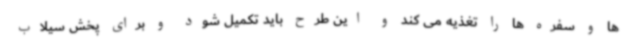
ها و سفره ها را تغذیه می کند و این طرح باید تکمیل شود و برای پخش سیلاب